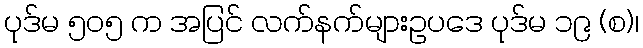
ပုဒ်မ ၅၀၅ က အပြင် လက်နက်များဥပဒေ ပုဒ်မ ၁၉ (စ)၊